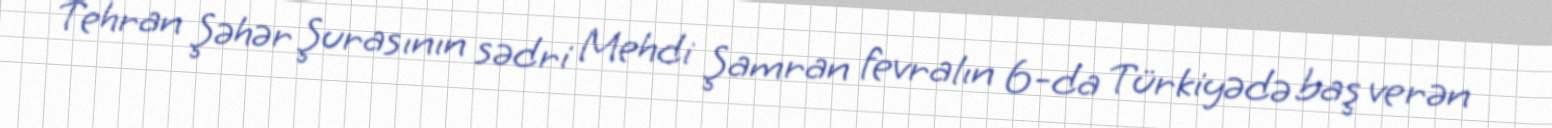
Tehran Şəhər Şurasının sədri Mehdi Şamran fevralın 6-da Türkiyədə baş verən